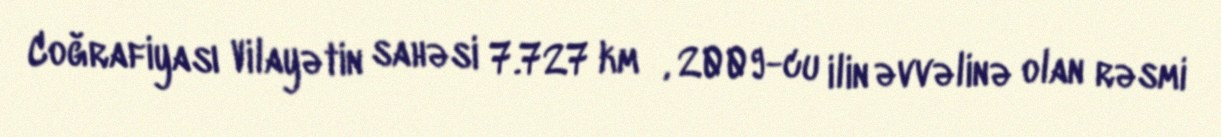
Coğrafiyası Vilayətin sahəsi 7.727 km², 2009-cu ilin əvvəlinə olan rəsmi